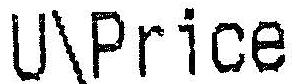
U\PRICE